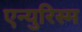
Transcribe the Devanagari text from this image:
एन्युरिस्म